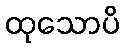
ထုသောပိ